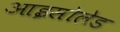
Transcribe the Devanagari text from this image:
आइसोलेड